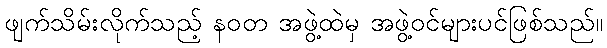
ဖျက်သိမ်းလိုက်သည့် နဝတ အဖွဲ့ထဲမှ အဖွဲ့ဝင်များပင်ဖြစ်သည်။